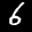
Label: 6